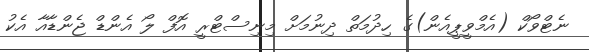
ނެޓްވޯކް (އެމްވީޕީއެން)ގެ ހިދުމަތް ދިނުމަށް މިނިސްޓްރީ އޮފް ލޯ އެންޑް ޖެންޑާއާ އެކު